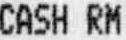
CASH RM